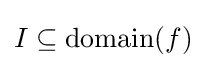
I\subseteq \mathrm {domain} (f)